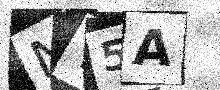
Text: NT5A